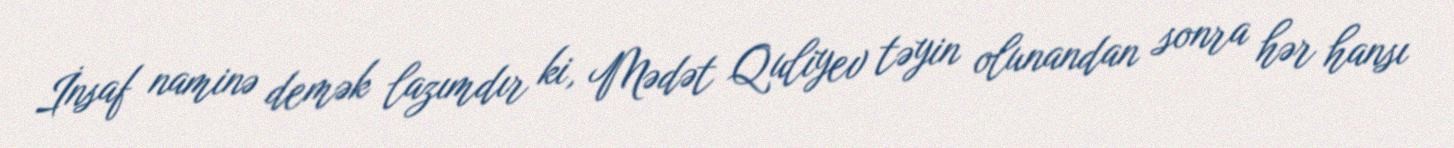
İnsaf naminə demək lazımdır ki, Mədət Quliyev təyin olunandan sonra hər hansı